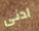
ادنى